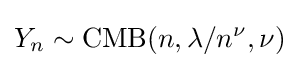
Y_{n}\sim \mathrm {CMB} (n,\lambda /n^{\nu },\nu )